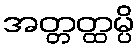
အတ္တတ္ထမ္ပိ